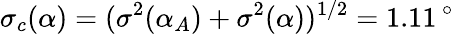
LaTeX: \sigma_{c}(\alpha)=(\sigma^{2}(\alpha_{A})+\sigma^{2}(\alpha))^{1/2}=1.11\, ^{\circ}